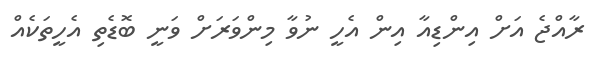
ރާއްޖެ އަށް އިންޑިއާ އިން އެހީ ނުވާ މިންވަރަށް ވަނީ ބޮޑެތި އެހީތަކެއް